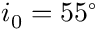
i _ { 0 } = 5 5 ^ { \circ }